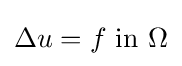
\Delta u=f{\text{ in }}\Omega